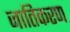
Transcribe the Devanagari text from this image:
जातिकरण